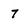
Character: 7